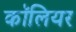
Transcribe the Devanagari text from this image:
कॉलियर